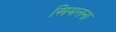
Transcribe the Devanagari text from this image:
खिमलना